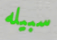
سبيله